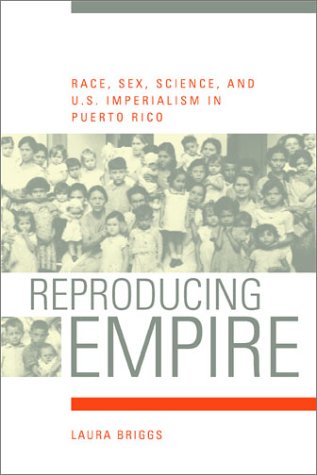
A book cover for Reproducing Empire: Race, Sex, Science, and U.S. Imperialism in Puerto Rico; Laura Briggs; Politics & Social Sciences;